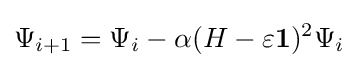
\Psi _{i+1}=\Psi _{i}-\alpha (H-\varepsilon \mathbf {1} )^{2}\Psi _{i}